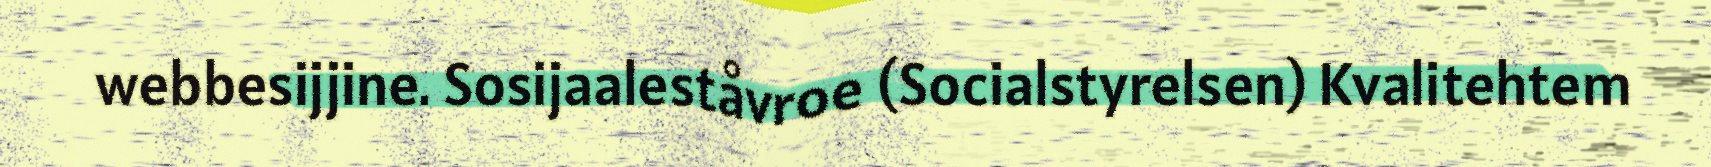
webbesijjine. Sosijaaleståvroe (Socialstyrelsen) Kvalitehtem